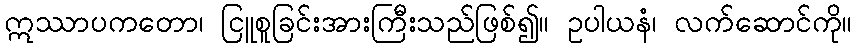
ဣဿာပကတော၊ ငြူစူခြင်းအားကြီးသည်ဖြစ်၍။ ဥပါယနံ၊ လက်ဆောင်ကို။